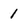
Character: 1